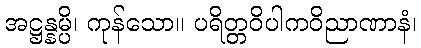
အဋ္ဌန္နမ္ပိ၊ ကုန်သော။ ပရိတ္တဝိပါကဝိညာဏာနံ၊